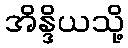
အိန္ဒိယသို့